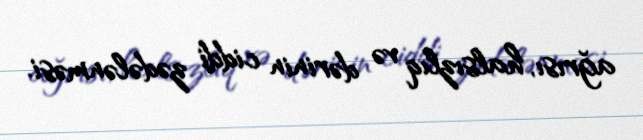
ağrısı, halsızlıq və dərinin ciddi zədələnməsi.